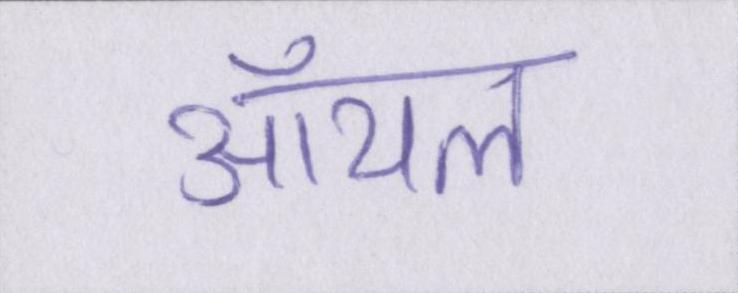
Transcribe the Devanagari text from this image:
ऑयल